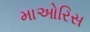
માઓરિસ